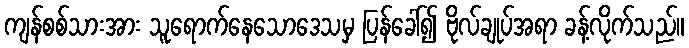
ကျန်စစ်သားအား သူရောက်နေသောဒေသမှ ပြန်ခေါ်၍ ဗိုလ်ချုပ်အရာ ခန့်လိုက်သည်။